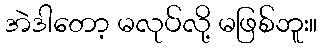
အဲဒါတော့ မလုပ်လို့ မဖြစ်ဘူး။